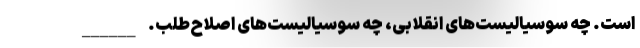
است. چه سوسیالیست‌های انقلابی، چه سوسیالیست‌های اصلاح‌طلب. ______